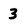
Character: 3